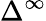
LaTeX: \Delta^{\infty}